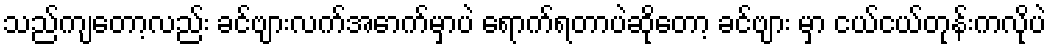
သည်ကျတော့လည်း ခင်ဗျားလက်အောက်မှာပဲ ရောက်ရတာပဲဆိုတော့ ခင်ဗျား မှာ ငယ်ငယ်တုန်းကလိုပဲ